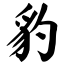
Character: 豹